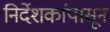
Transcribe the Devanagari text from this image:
निर्देशकांपासून